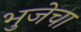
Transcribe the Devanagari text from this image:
भुजेचा